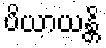
ပိယာယန္တိ